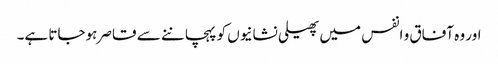
اور وہ آفاق و انفس میں پھیلی نشانیوں کو پہچاننے سے قاصر ہوجاتا ہے۔